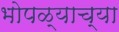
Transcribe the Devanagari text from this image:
भोपळ्याच्या